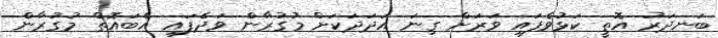
ބަނދަރު އޮތީ ކަޅުވެފައި ވަރަށް ގިނަ އަދަދަކަށް މުގުރާން ވަދެފައި އެބައޮތް މުގުރާން